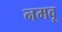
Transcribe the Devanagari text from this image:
नमवू